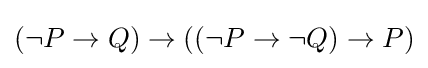
(\lnot P\to Q)\to ((\lnot P\to \lnot Q)\to P)